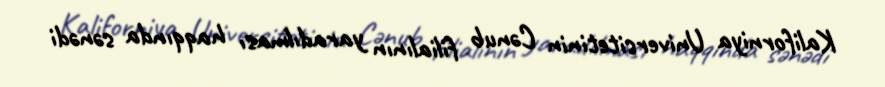
Kaliforniya Universitetinin Cənub filialının yaradılması haqqında sənədi